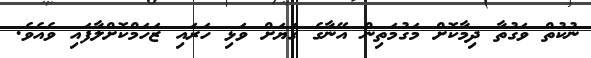
ނުކުތް ވަގުތާ ދިމާކޮށް މަގުމަތިން އޭނާގެ ގަޔަށް ވަޅި ހަރައި ޒަހަމްކޮށްލާފައި ވެއެވެ.